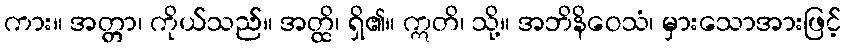
ကား။ အတ္တာ၊ ကိုယ်သည်။ အတ္ထိ၊ ရှိ၏။ ဣတိ၊ သို့။ အဘိနိဝေသံ၊ မှားသောအားဖြင့်